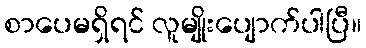
စာပေမရှိရင် လူမျိုးပျောက်ပါပြီ။